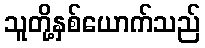
သူတို့နှစ်ယောက်သည်